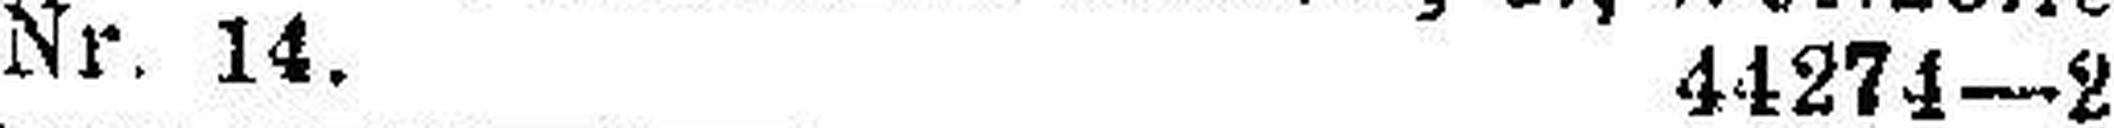
Nr. 14. 44274—2